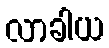
လာခါယ